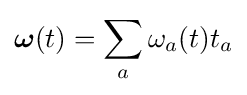
{\boldsymbol {\omega }}(t)=\sum _{a}\omega _{a}(t)t_{a}